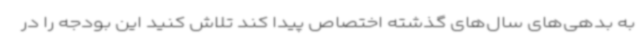
به بدهی‌های سال‌های گذشته اختصاص پیدا کند تلاش کنید این بودجه را در